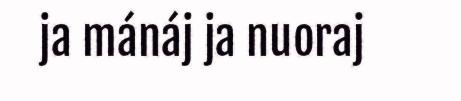
ja mánáj ja nuoraj